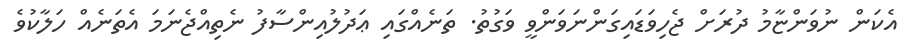
އެކަން ނުވަންޏާމު ދުރަށް ޖެހިވަޑައިގަންނަވަންވީ ވަގުތު. ތަނެއްގައި ޢަދުލުއިންސާފު ނެތިއްޖެނަމަ އެތަނެއް ހަލާކުވެ